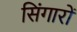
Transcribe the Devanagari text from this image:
सिंगारों